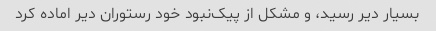
بسیار دیر رسید، و مشکل از پیک‌نبود خود رستوران دیر اماده کرد